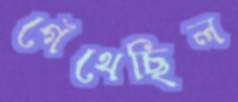
গেঁথেছিল